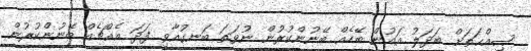
ޞިއްޙަތަށް ބަދަލު އައުން ބޭހެއް ބޭނުންކުރުން ނުވަތަ ބަނގުއާވި ފަދަ އެއްޗެއް ބޭނުންކުރުން